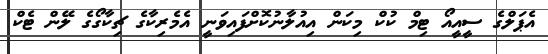
އެޕަލްގެ ސީއީއޯ ޓިމް ކުކް މިކަން އިއުލާނުކޮށްފައިވަނީ އެމެރިކާގެ ޗިކާގޯގެ ލޭން ޓެކް